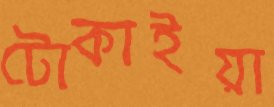
টোকাইয়া